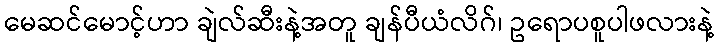
မေဆင်မောင့်ဟာ ချဲလ်ဆီးနဲ့အတူ ချန်ပီယံလိဂ်၊ ဥရောပစူပါဖလားနဲ့